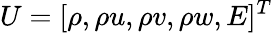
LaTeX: U=[\rho,\rho u,\rho v,\rho w,E]^{T}